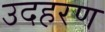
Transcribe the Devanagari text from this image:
उदहरण